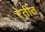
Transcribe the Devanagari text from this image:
रेतीत